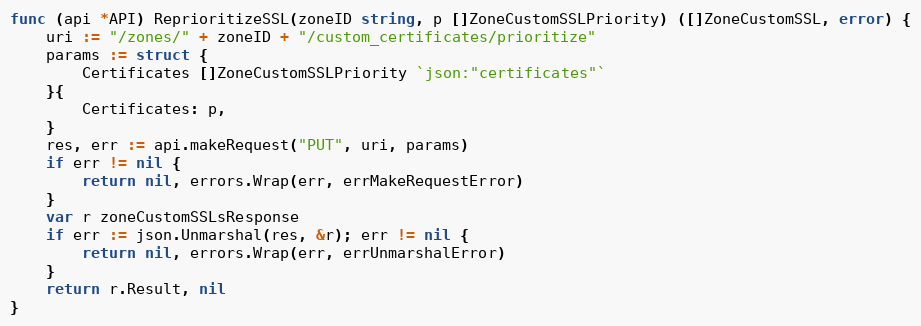
Language: Go
func (api *API) ReprioritizeSSL(zoneID string, p []ZoneCustomSSLPriority) ([]ZoneCustomSSL, error) {
	uri := "/zones/" + zoneID + "/custom_certificates/prioritize"
	params := struct {
		Certificates []ZoneCustomSSLPriority `json:"certificates"`
	}{
		Certificates: p,
	}
	res, err := api.makeRequest("PUT", uri, params)
	if err != nil {
		return nil, errors.Wrap(err, errMakeRequestError)
	}
	var r zoneCustomSSLsResponse
	if err := json.Unmarshal(res, &r); err != nil {
		return nil, errors.Wrap(err, errUnmarshalError)
	}
	return r.Result, nil
}